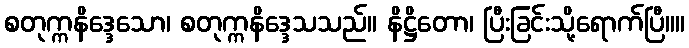
စတုက္ကနိဒ္ဒေသော၊ စတုက္ကနိဒ္ဒေသသည်။ နိဋ္ဌိတော၊ ပြီးခြင်းသို့ရောက်ပြီ။။